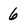
Character: 6